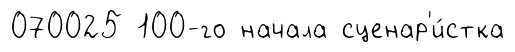
070025 100-го начала сценар'и́стка